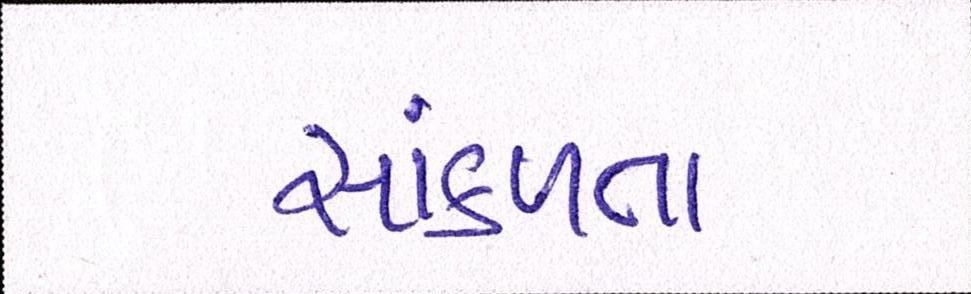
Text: સાંકળતા